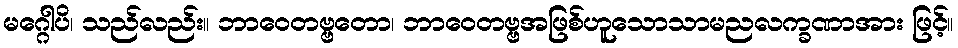
မဂ္ဂေါပိ၊ သည်လည်း။ ဘာဝေတဗ္ဗတော၊ ဘာဝေတဗ္ဗအဖြစ်ဟူသောသာမညလက္ခဏာအား ဖြင့်။